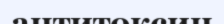
антитоксин